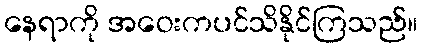
နေရာကို အဝေးကပင်သိနိုင်ကြသည်။